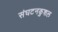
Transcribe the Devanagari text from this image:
संघटनकुशल